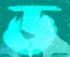
ড